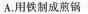
A.用铁制成煎锅